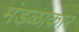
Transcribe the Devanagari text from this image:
मंडळाकार